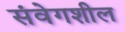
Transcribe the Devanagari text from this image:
संवेगशील